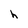
Character: h